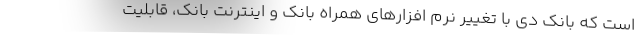
است که بانک دی با تغییر نرم افزارهای همراه بانک و اینترنت بانک، قابلیت